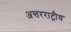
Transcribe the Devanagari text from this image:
अन्तरराट्रीय